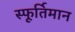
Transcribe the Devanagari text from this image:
स्फूर्तिमान